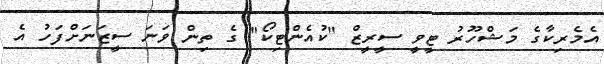
އެމެރިކާގެ މަޝްހޫރު ޓީވީ ސީރީޒް "ކުއެންޓިކޯ" ގެ ތިން ވަނަ ސީޒަނަށްފަހު އެ